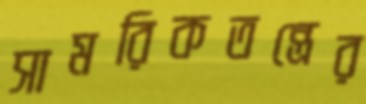
সামরিকতন্ত্রের